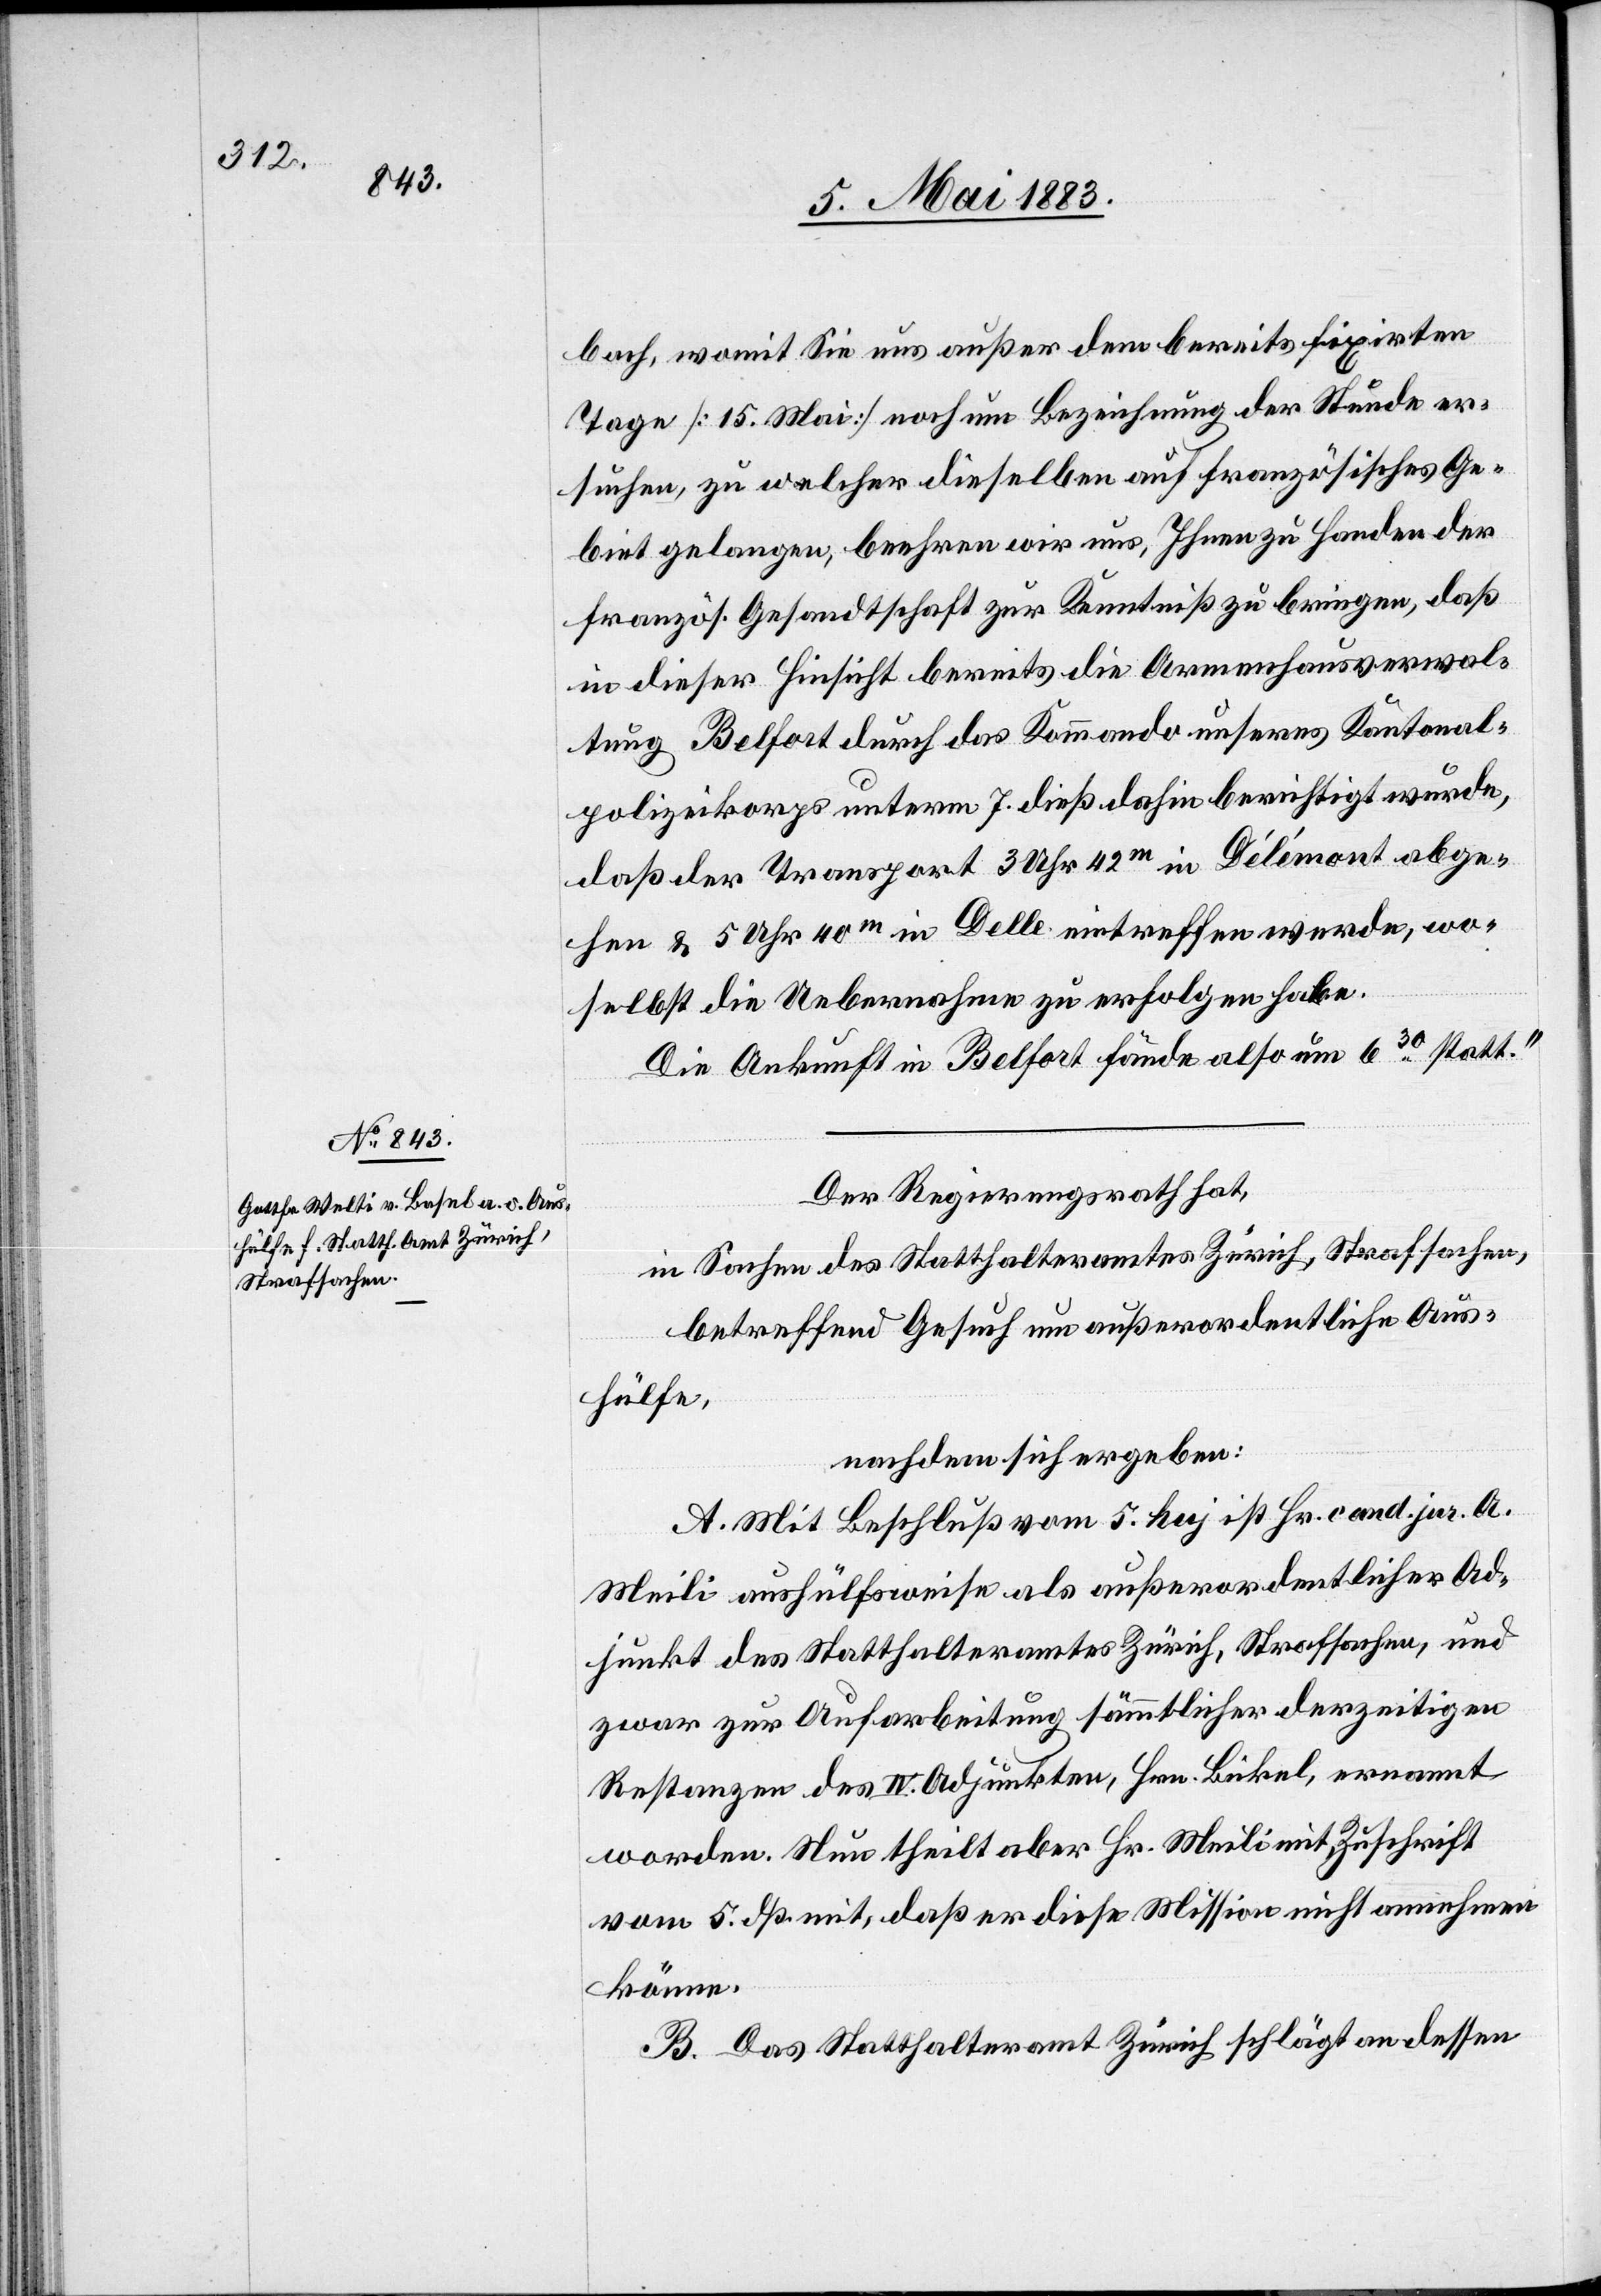
9. Mai 1883.]
bach, womit Sie uns außer dem bereits fixirten
Tage [15. Mai] noch um Bezeichnung der Stunde er¬
suchen, zu welcher dieselben auf französisches Ge¬
biet gelangen, beehren wir uns, Ihnen zu Handen der
französ. Gesandtschaft zur Kenntniß zu bringen, daß
in dieser Hinsicht bereits die Armenhausverwal¬
tung Belfort durch das Kommand unseres Kantonal¬
polizeikoprs unterm 7. dieß dahin berichtigt wurde,
daß der Transport 3 Uhr 42m in Délémont abge¬
hen & 5 Uhr 40m in Delle eintreffen werde, wo¬
selbst die Uebernahme zu erfolgen habe.
Die Ankunft in Belfort fände also um 630 statt.“
Der Regierungsrath hat,
in Sachen des Statthalteramtes Zürich, Strafsachen,
betreffend Gesuch um außerordentliche Aus¬
hülfe,
nachdem sich ergeben:
A. Mit Beschluß vom 5. huj ist Hr. cand. jur. A.
Meili aushülfsweise als außerordentlicher Ad¬
junkt des Statthalteramtes Zürich, Strafsachen, und
zwar zur Aufarbeitung sämmtlicher derzeitigen
Restanzen des IV. Adjunkten, Hrn. Bickel, ernannt
worden. Nun theilt aber Hr. Meili mit Zuschrift
vom 5. dß. mit, daß er diese Mission nicht annehmen
könne.
B. Das Statthalteramt Zürich schlägt an dessen